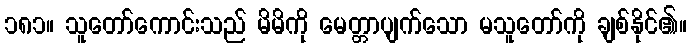
၁၈၁။ သူတော်ကောင်းသည် မိမိကို မေတ္တာပျက်သော မသူတော်ကို ချစ်နိုင်၏။